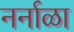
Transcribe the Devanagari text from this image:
नर्नाळा